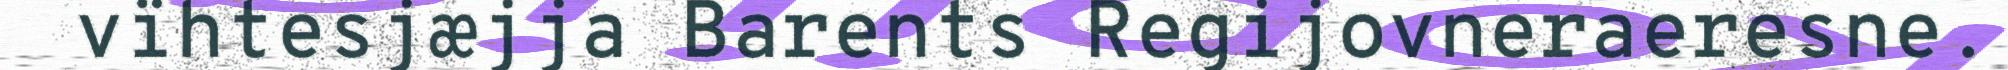
vïhtesjæjja Barents Regijovneraeresne.